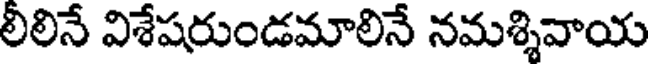
లీలినే విశేషరుండమాలినే నమశ్శివాయ